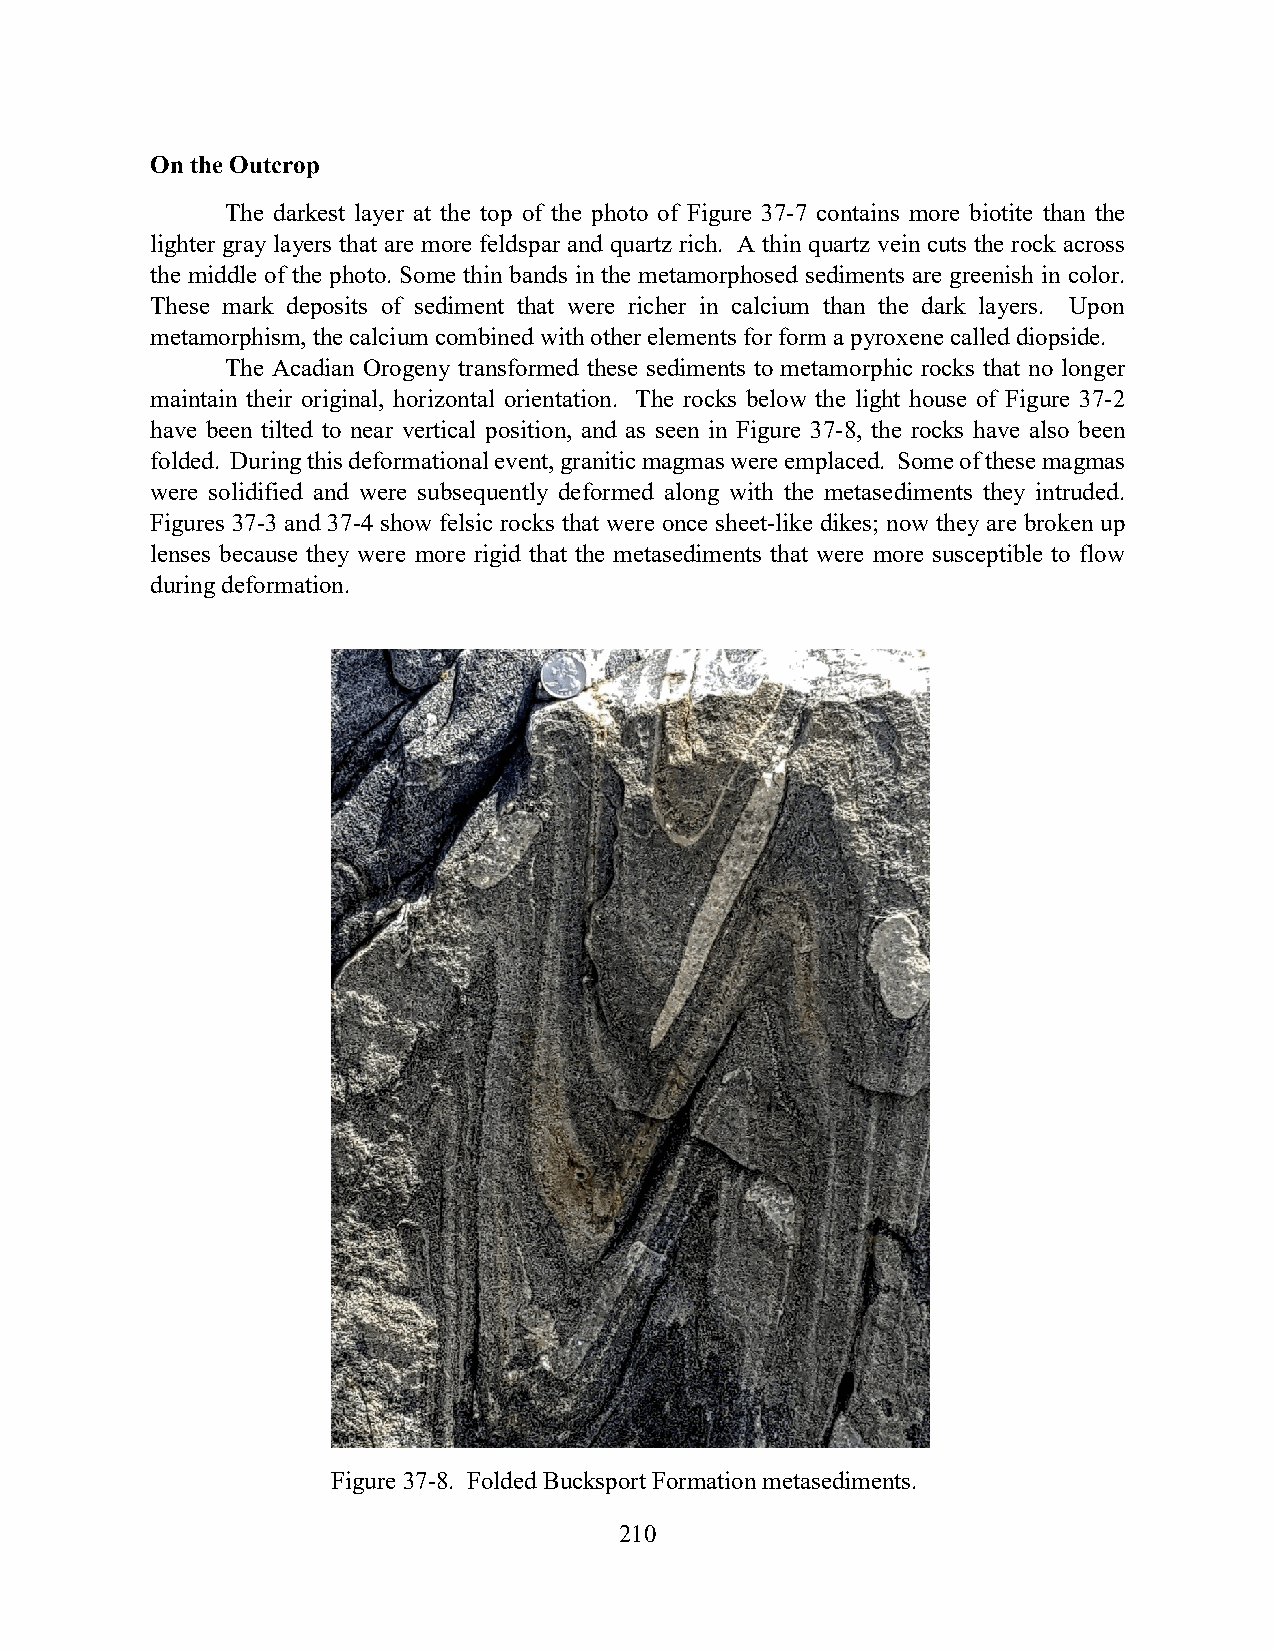
On the Outcrop
 The darkest layer at the top of the photo of Figure 37-7 contains more biotite than the
 lighter gray layers that are more feldspar and quartz rich. A thin quartz vein cuts the rock across
 the middle of the photo. Some thin bands in the metamorphosed sediments are greenish in color.
 These mark deposits of sediment that were richer in calcium than the dark layers. Upon
 metamorphism, the calcium combined with other elements for form a pyroxene called diopside.
 The Acadian Orogeny transformed these sediments to metamorphic rocks that no longer
 maintain their original, horizontal orientation. The rocks below the light house of Figure 37-2
 have been tilted to near vertical position, and as seen in Figure 37-8, the rocks have also been
 folded. During this deformational event, granitic magmas were emplaced. Some of these magmas
 were solidified and were subsequently deformed along with the metasediments they intruded.
 Figures 37-3 and 37-4 show felsic rocks that were once sheet-like dikes; now they are broken up
 lenses because they were more rigid that the metasediments that were more susceptible to flow
 during deformation.
 Figure 37-8. Folded Bucksport Formation metasediments.
 210